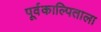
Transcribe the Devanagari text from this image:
पूर्वकाल्पिताला